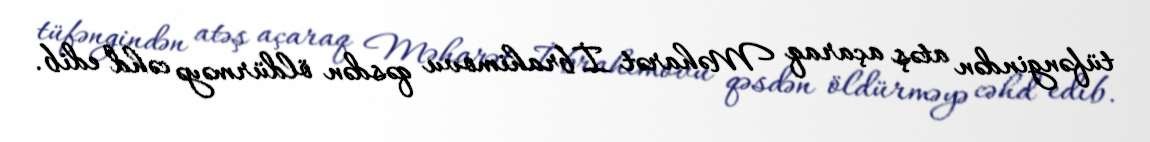
tüfəngindən atəş açaraq Məharət İbrahimovu qəsdən öldürməyə cəhd edib.